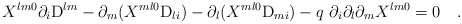
\begin{align*}X^{l m 0} \partial_i {\rm D}^{l m} - \partial_m (X^{m l 0} {\rm D}_{l i}) -\partial_l(X^{m l 0} {\rm D}_{m i}) - q{~}\partial_i \partial_l \partial_m X^{l m 0}= 0 ~~~. \end{align*}